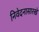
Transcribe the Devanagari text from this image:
निवेदनासारखे